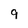
Character: 9